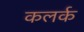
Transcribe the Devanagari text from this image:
कलर्क